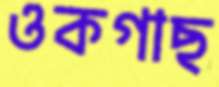
ওকগাছ